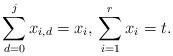
LaTeX: \begin{align*}\sum_{d = 0}^j x_{i,d} = x_i,\,\sum_{i=1}^r x_i = t.\end{align*}